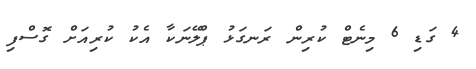
4 ގަޑި 6 މިނެޓް ކުރިން ރަނގަޅު ޕްލޭނަކާ އެކު ކުރިއަށް ގޮސްފި